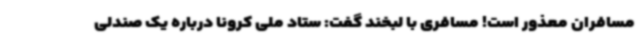
مسافران معذور است! مسافری با لبخند گفت: ستاد ملی کرونا درباره یک صندلی